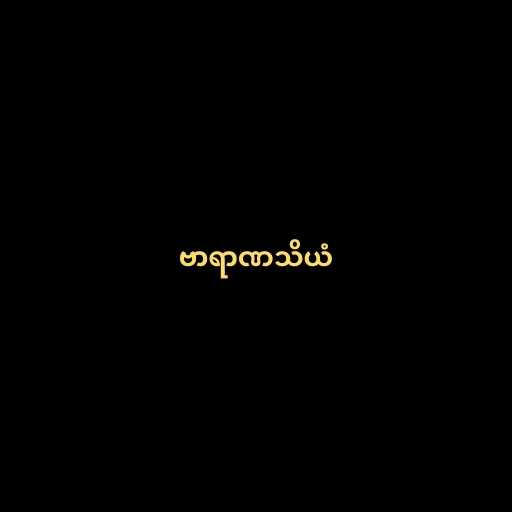
ဗာရာဏသိယံ